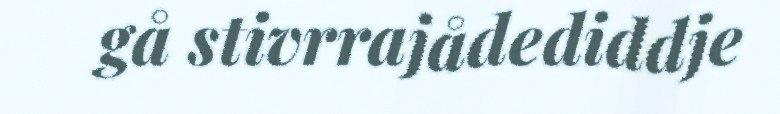
gå stivrrajådediddje